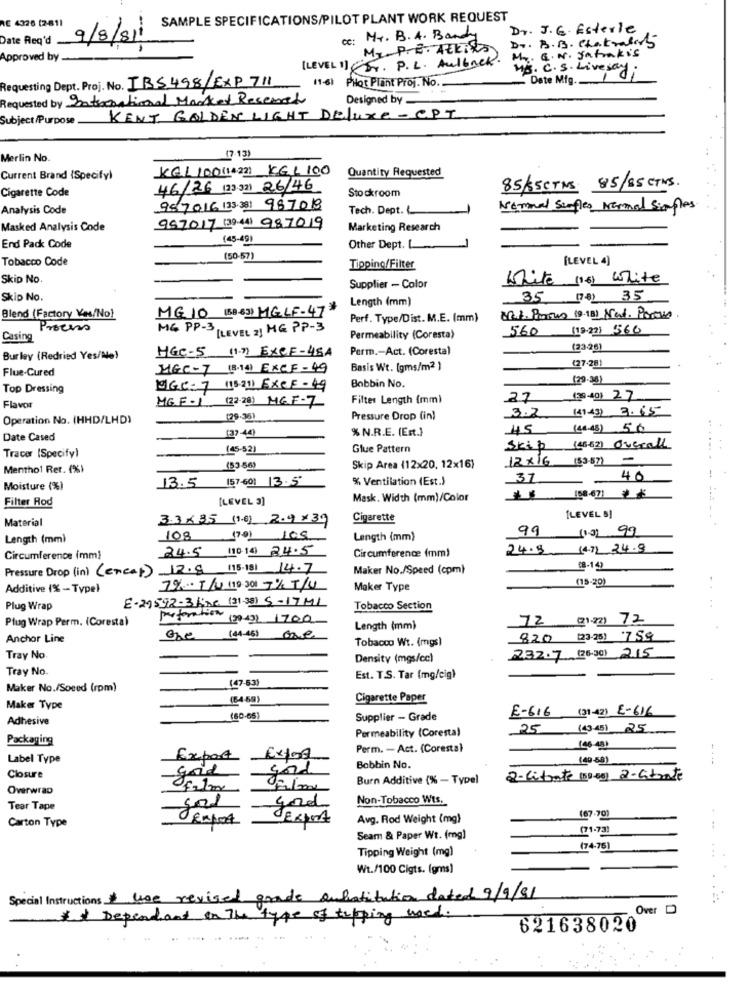
SAMPLE SPECIFICATIONS/PILOT PLANT WORK REQUEST
RE 4326 (2-611
Dr. J. G. Esterle
Date Req'd
9/8/81
Cc: Mr. B. A. Bandy
Dr. B.B. Chakralors
MI.P.E. AELISA
Approved by .
(LEVEL 1] EST. P. L. Aulback. Mr. E. N. Satmakis
M/S. C. S. Livesay;
Requesting Dept. Proj. No. IBS498/EXP 711
11-6) Plot Plant Proj. No.
Date Mig ...
Requested by International Market Research
Designed by
Subject/Purpose KENT GOLDEN LIGHT DELUXE - CPT
Merlin No.
(7.13)
KEL 100 (14 22] KGL 100
Quantity Requested
Current Brand (Specifyl
Cigarette Code
46/26 (23 32] 26/46
Stockroom
85/55CTMS 85/85 CTMS
Analysis Code
957016 (3.38) 987018
Tech. Dept.
Normal Senfles Normal Simples
Masked Analysis Code
957017 (3)4) 987019
Marketing Research
(45-49)
End Pack Code
Other Dept.
Tobacco Code
(50-57)
[LEVEL 4)
Tipping/Filter
Skip No.
White (no) White
Supplier - Color
Skip No.
Length (mm)
35(78) 35
MGIO (BB-43) MGLF-47
Blend (Factory Yes/No)
Perf. Type/Dist. M.E. (mm)
2.1. Pixtus (9-18) Nat. Poreso.
Process
MG PP-3 [LEVEL 2] MG PP-3
560 (19-22) 560
Casing
Permeability (Coresta)
Perm .- Act. (Coresta)
(23-26)
Burley (Redried Yes/No)
HGC-5 (1.3) EXCF-45A
Flue-Cured
MGC-7 (8.14) EXCF-49
Basis Wt. (gms/m2 )
(27-28)
(29-33)
Top Dressing
MGC-7 (18211 EXCF-49
Bobbin No.
Filter Length (mm)
27
(30-40) 27
Flavor
MG F-1 (22-28) MGF-7
3.2
(4).4) 3.65
Operation No. (HHD/LHD)
(29-39)
Pressure Drop (in)
% N.R.E. (Ert.)
45
(48.45) 50
Date Cased
137-44
145521
Glue Pattern
Skip
(46-62) Overall
Tracer (Specify)
12 xIG (53-57)
Menthol Ret. (%)
(53-56)
Skip Area (12x20, 12x16)
13.5 (57.601 13.5
% Ventilation (Est.)
37
40
!
Moisture (%)
Filter Rod
[LEVEL 3]
Mask. Width (mm)/Color
Material
3.3x3,5 (1.6) 2.9×39
Cigarette
[LEVEL 8]
Length (mm)
108
Length (mm)
99 (13) 99
24.5 110.14 24.5
24.9 14.7) 24.9
Circumference (mm)
Circumference (mm)
Pressure Drop (in) (encap) 12.8 115.181 14.7
Maker No./Speed (cpm)
(15-20)
Additive (% - Type}
7%-1/1000 7% T/U
Maker Type
..
E-29592-3line (31.38) 5-17 MI
Plug Wrap
Tobacco Section
Plug Wrap Perm. (Coresta)
perforation (2019) 1700
72 (2122) 72
Length (mm)
Anchor Line
one
(4-45) one
Tobacco Wt. (mgs)
820 (23-25) 7 59
232.7 (26.30) 215
Tray No.
Density (mgs/cc)
Tray No.
Est. T.S. Tar (mg/cig)
Maker No./Speed (rpm)
(47-53)
(64-59)
Cigarette Paper
Maker Type
E-616 (31-42) E-616
Adhesive
(60-65)
Supplier - Grade
Permeability (Coresta)
25 (4345) 25
Packaging
Perm. - Act. (Corestal
(46-48)
Label Type
Export
Export
Bobbin No.
(40-58)
----
gord
Closure
goud
Burn Additive (% - Typel
2-Citrate (500g) 2-atrate
Overwrap
Non-Tobacco Wts.
Tear Tape
god
denport
Avg. Rod Weight (mg)
(67.70)
Carton Type
(71-73)
Seam & Paper Wt. (mg)
Tipping Weight (mg)
(74.76)
...
Wt./100 Cigts. (gms)
Special Instructions hoe revised grade enfatitation dated 9/9/91
Over D
Dependent on The type of tipping used.
621638020